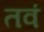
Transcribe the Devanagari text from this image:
तवं